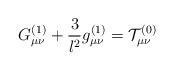
LaTeX: \begin{align*}G_{\mu \nu }^{(1)}+\frac{3}{l^{2}}g_{\mu \nu }^{(1)}={\cal T}_{\mu \nu}^{(0)} \end{align*}